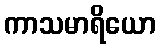
ကာသမာရိယော